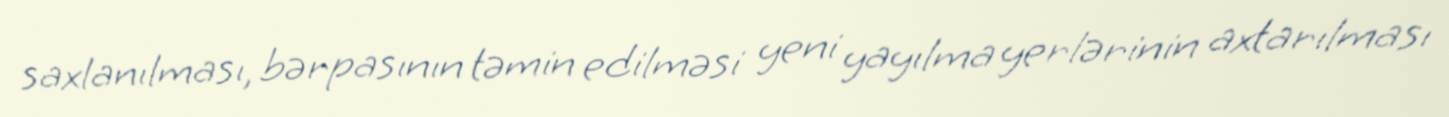
saxlanılması, bərpasının təmin edilməsi yeni yayılma yerlərinin axtarılması